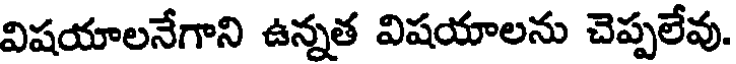
విషయాలనేగాని ఉన్నత విషయాలను చెప్పలేవు.